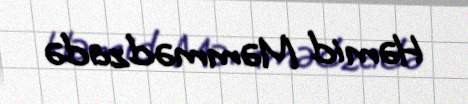
Həmid Məmmədzadə